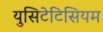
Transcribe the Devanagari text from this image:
युसिटेटिसियम